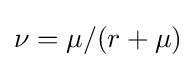
\nu =\mu /(r+\mu )